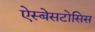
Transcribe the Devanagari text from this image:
ऐस्बेसटोसिस